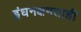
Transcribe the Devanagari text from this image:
इंधनक्षमताही